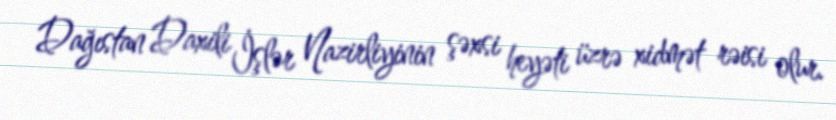
Dağıstan Daxili İşlər Nazirliyinin şəxsi heyəti üzrə xidmət rəisi olur.